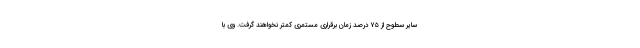
سایر سطوح از ۷۵ درصد زمان برقراری مستمری کمتر نخواهند گرفت. وی با